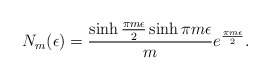
\begin{align*}N_m(\epsilon )={ \sinh{\pi m\epsilon\over 2}\sinh \pi m\epsilon\over m}e^{\pi m\epsilon\over 2}.\end{align*}